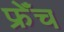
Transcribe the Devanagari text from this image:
फ्रेँच